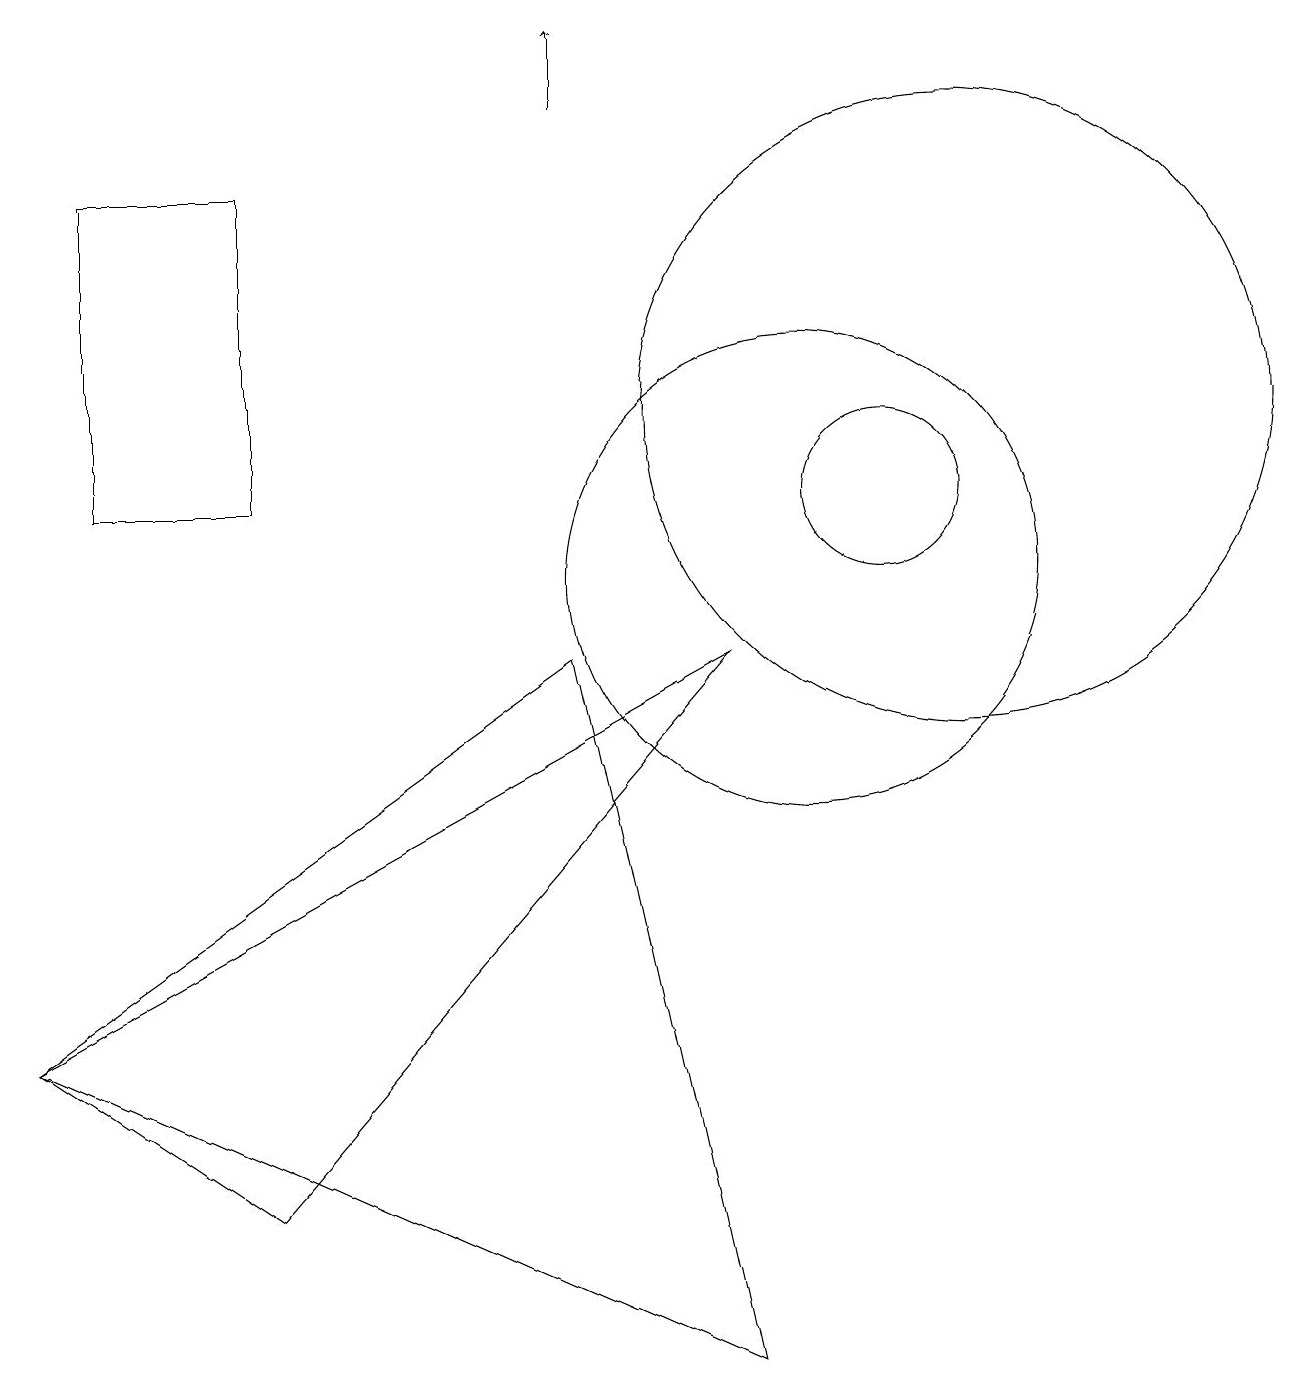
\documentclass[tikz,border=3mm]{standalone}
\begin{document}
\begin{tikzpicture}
\draw (9,0) -- (0,4) -- (7,9) -- cycle;
\draw (10,10) circle (3);
\draw (11,11) circle (1);
\draw (9,9) -- (0,4) -- (3,2) -- cycle;
\draw (12,12) circle (4);
\draw[->] (7,16) -- (7,17);
\draw (3,11) rectangle (1,15);
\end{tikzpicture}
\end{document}